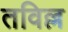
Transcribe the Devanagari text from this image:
तविल्ल